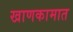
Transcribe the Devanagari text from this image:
खाणकामात